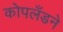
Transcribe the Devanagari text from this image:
कोपलँडने